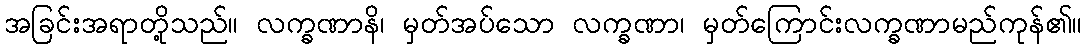
အခြင်းအရာတို့သည်။ လက္ခဏာနိ၊ မှတ်အပ်သော လက္ခဏာ၊ မှတ်ကြောင်းလက္ခဏာမည်ကုန်၏။